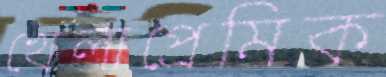
খেলাপ্রেমিক